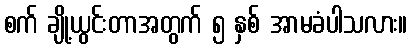
စက် ချို့ယွင်းတာအတွက် ၅ နှစ် အာမခံပါသလား။